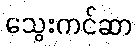
သွေးကင်ဆာ